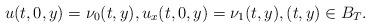
LaTeX: \begin{align*}u(t,0,y)=\nu_0(t,y),u_x(t,0,y)=\nu_1(t,y), (t,y)\in B_T.\end{align*}